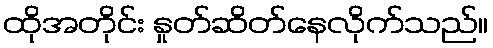
ထိုအတိုင်း နှုတ်ဆိတ်နေလိုက်သည်။